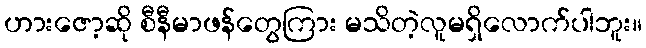
ဟားဇော့ဆို စီနီမာဖန်တွေကြား မသိတဲ့လူမရှိလောက်ပါဘူး။